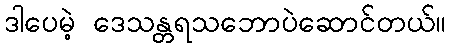
ဒါပေမဲ့ ဒေသန္တရသဘောပဲဆောင်တယ်။